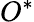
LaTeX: O^{\ast}